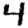
Digit: 4